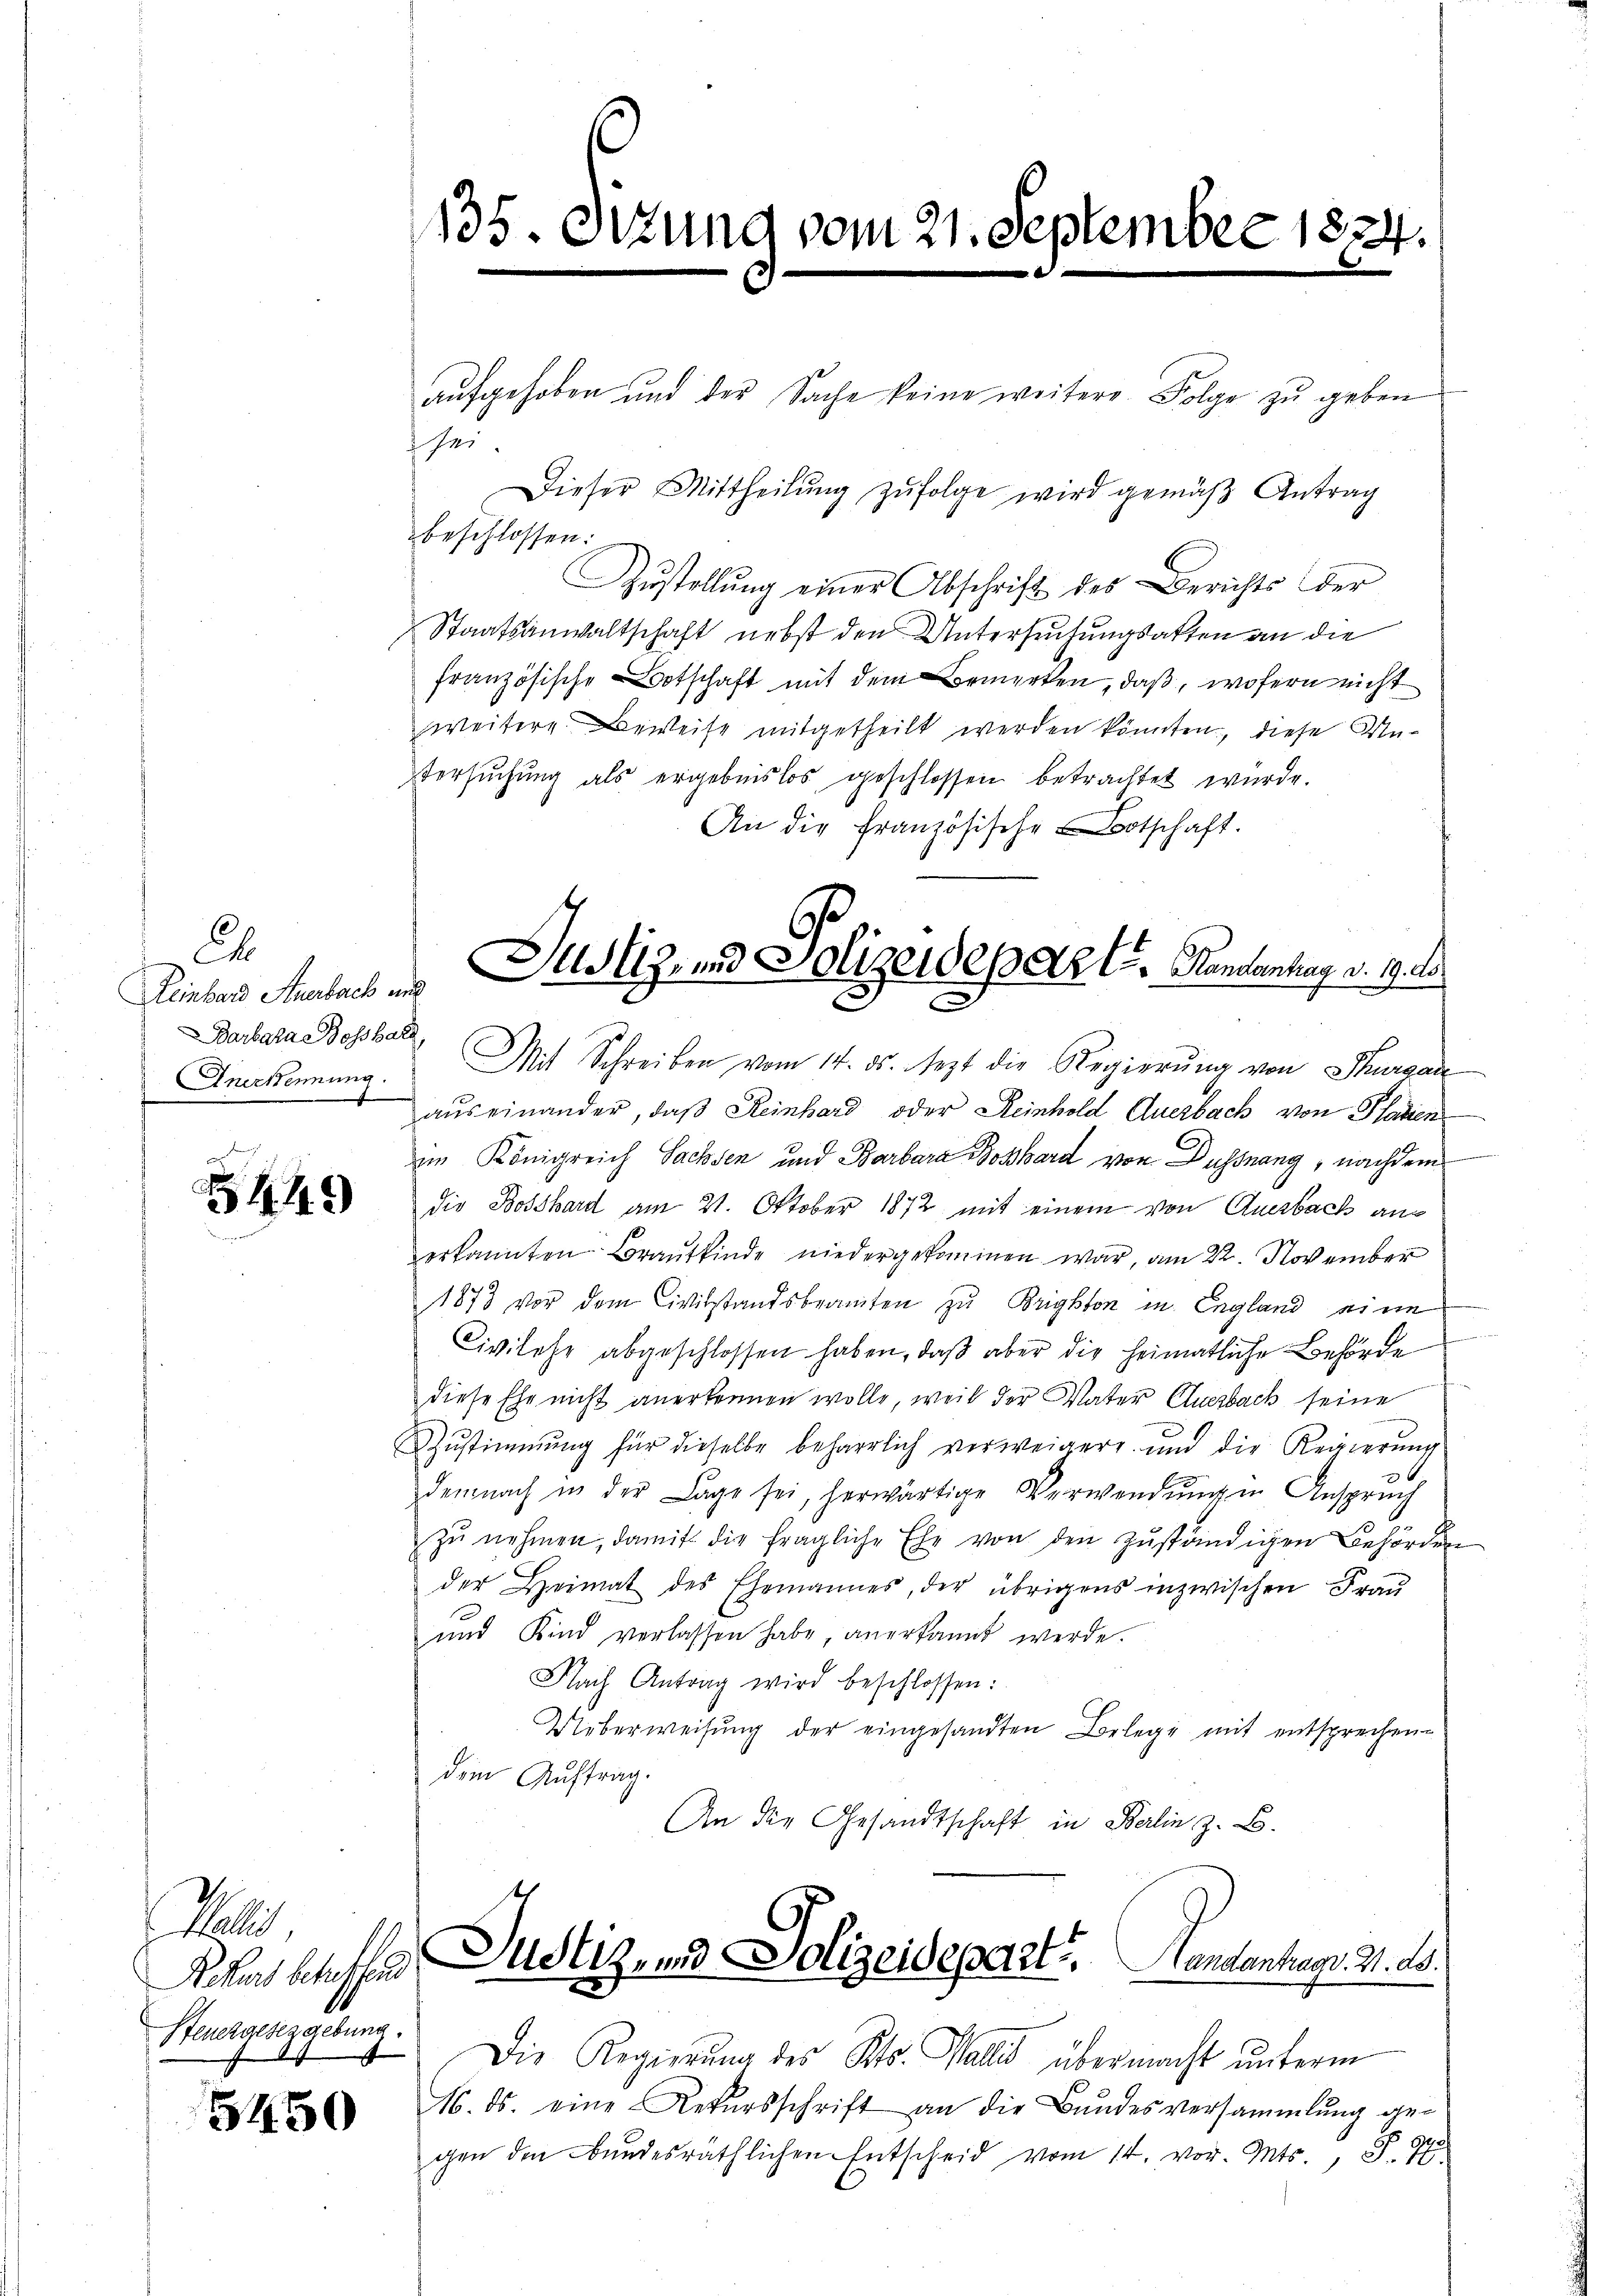
C
Leinbar Anerbach und
Barbara eossbar,
Anerkennung.

544

1
Achart betreffend
Steuergenzgebung.

5450

135.

sei.

Fune

aufgehoben und der Sache keine weitere Folge zu geben
Dieser Mittheilŭng zŭfolge wird gemäβ Antrag

) vom 21. September 1824.
d

beschlossen:
Zustellung einer Abschrift des Berichts der
Staatsanwaltschaft nebst den Untersuchungsatten an die
französische Botschaft mit dem Bemerken, daß, wofern nicht
zweitere Beweise mitgetheilt werden könnten, diese Untersuchung als ergebnislos geschlossen betrachtet wurde.
An die französische Botschaft.
Mit Schreiben vom 14. ds. sezt die Regierung von Thurgau
1
auseinander, daß Reinhard oder Reinhold Querbach von Patien
im Königreich Sachsen und Barbara Boßhard von Dußnang, nachdem
die Bosshard am 21. Oktober 1872 mit einem von Anerbach aus
erkannten Brautkinde niedergekommen war, am 22. November
1873 vor dem Civilstandsbeamten zu Brighton in England eine
Civilehe abgeschlossen haben, daß aber die heimatliche Behörde
diese Ehe nicht anerkennen wolle, weil der Vater Querbach seine
ZZŭstimmung für dieselbe beharrlich verweigert und die Reinerŭng
demnach in der Lage sei, herwärtige Verwendŭng in Anspruch
zŭ nehmen, damit die fragliche Ehe von den zŭständigen Behörden
der Heimat des Ehemannes, der übrigens inzwischen Frau
und Kind verlassen habe, anerkannt werde.
Nach Antrag wird beschlossen:
Ueberweisung der eingesandten Belege mit entsprechendem Auftrag.
An die Gesandtschaft in Berlin, z. B.

Justiz- und Polizeidepart. Handenhag v. 19. Le

Justiz- und Polizeidepart. Handenhagr. 31. ds.

Die Regierŭng des Kts. Wallis übermacht ŭnterm
M. ds. eine Rekursschrift an die Bŭndesversammlung ge-
gen den Bundesräthlichen Entscheid vom 14. vor. Mts., S. 77